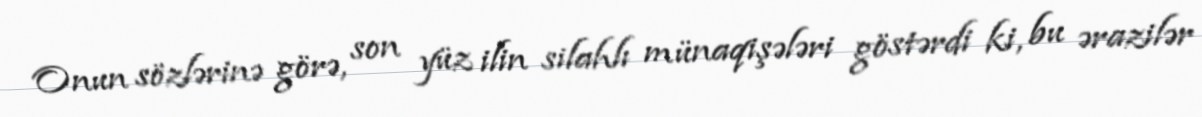
Onun sözlərinə görə, son yüz ilin silahlı münaqişələri göstərdi ki, bu ərazilər